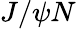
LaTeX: J/\psi N